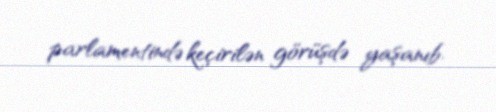
parlamentində keçirilən görüşdə yaşanıb.